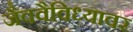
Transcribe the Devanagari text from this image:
जैववैविध्यावर